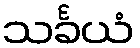
သင်္ခယံ